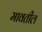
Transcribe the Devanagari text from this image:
मावतील